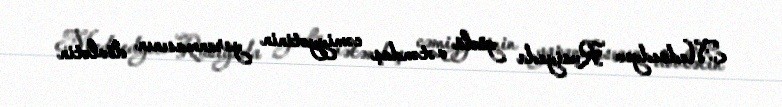
Medvedyev Rusiyada güclü vətəndaş cəmiyyətinin yaranmasının dövlətin